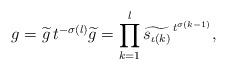
LaTeX: \begin{align*} g = \widetilde{g} \, t^{-\sigma(l)} \widetilde{g} = \prod_{k=1}^l \widetilde{s_{\iota(k)}}^{\, t^{\sigma(k-1)}}, \end{align*}